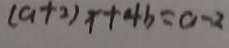
( a + 2 ) x + 4 b = a - 2